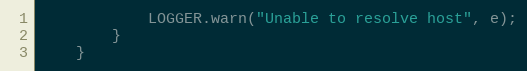
Language: Java
            LOGGER.warn("Unable to resolve host", e);
        }
    }